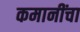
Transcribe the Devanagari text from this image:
कमानींचा